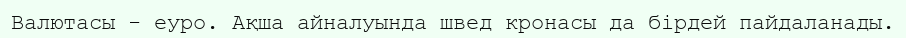
Валютасы - еуро. Ақша айналуында швед кронасы да бірдей пайдаланады.